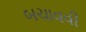
બચાવવી